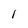
Character: 1